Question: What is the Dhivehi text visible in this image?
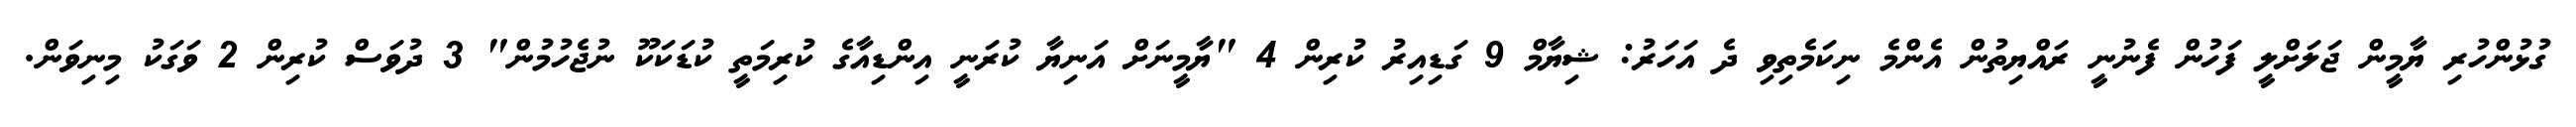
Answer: ގުޅުންހުރި ޔާމީން ޖަލަށްލީ ފަހުން ފެނުނީ ރައްޔިތުން އެންމެ ނިކަމެތިވި ދެ އަހަރު: ޝިޔާމް 9 ގަޑިއިރު ކުރިން 4 "ޔާމީނަށް އަނިޔާ ކުރަނީ އިންޑިއާގެ ކުރިމަތީ ކުޑަކަކޫ ނުޖެހުމުން" 3 ދުވަސް ކުރިން 2 ވަގަކު މިނިވަން.